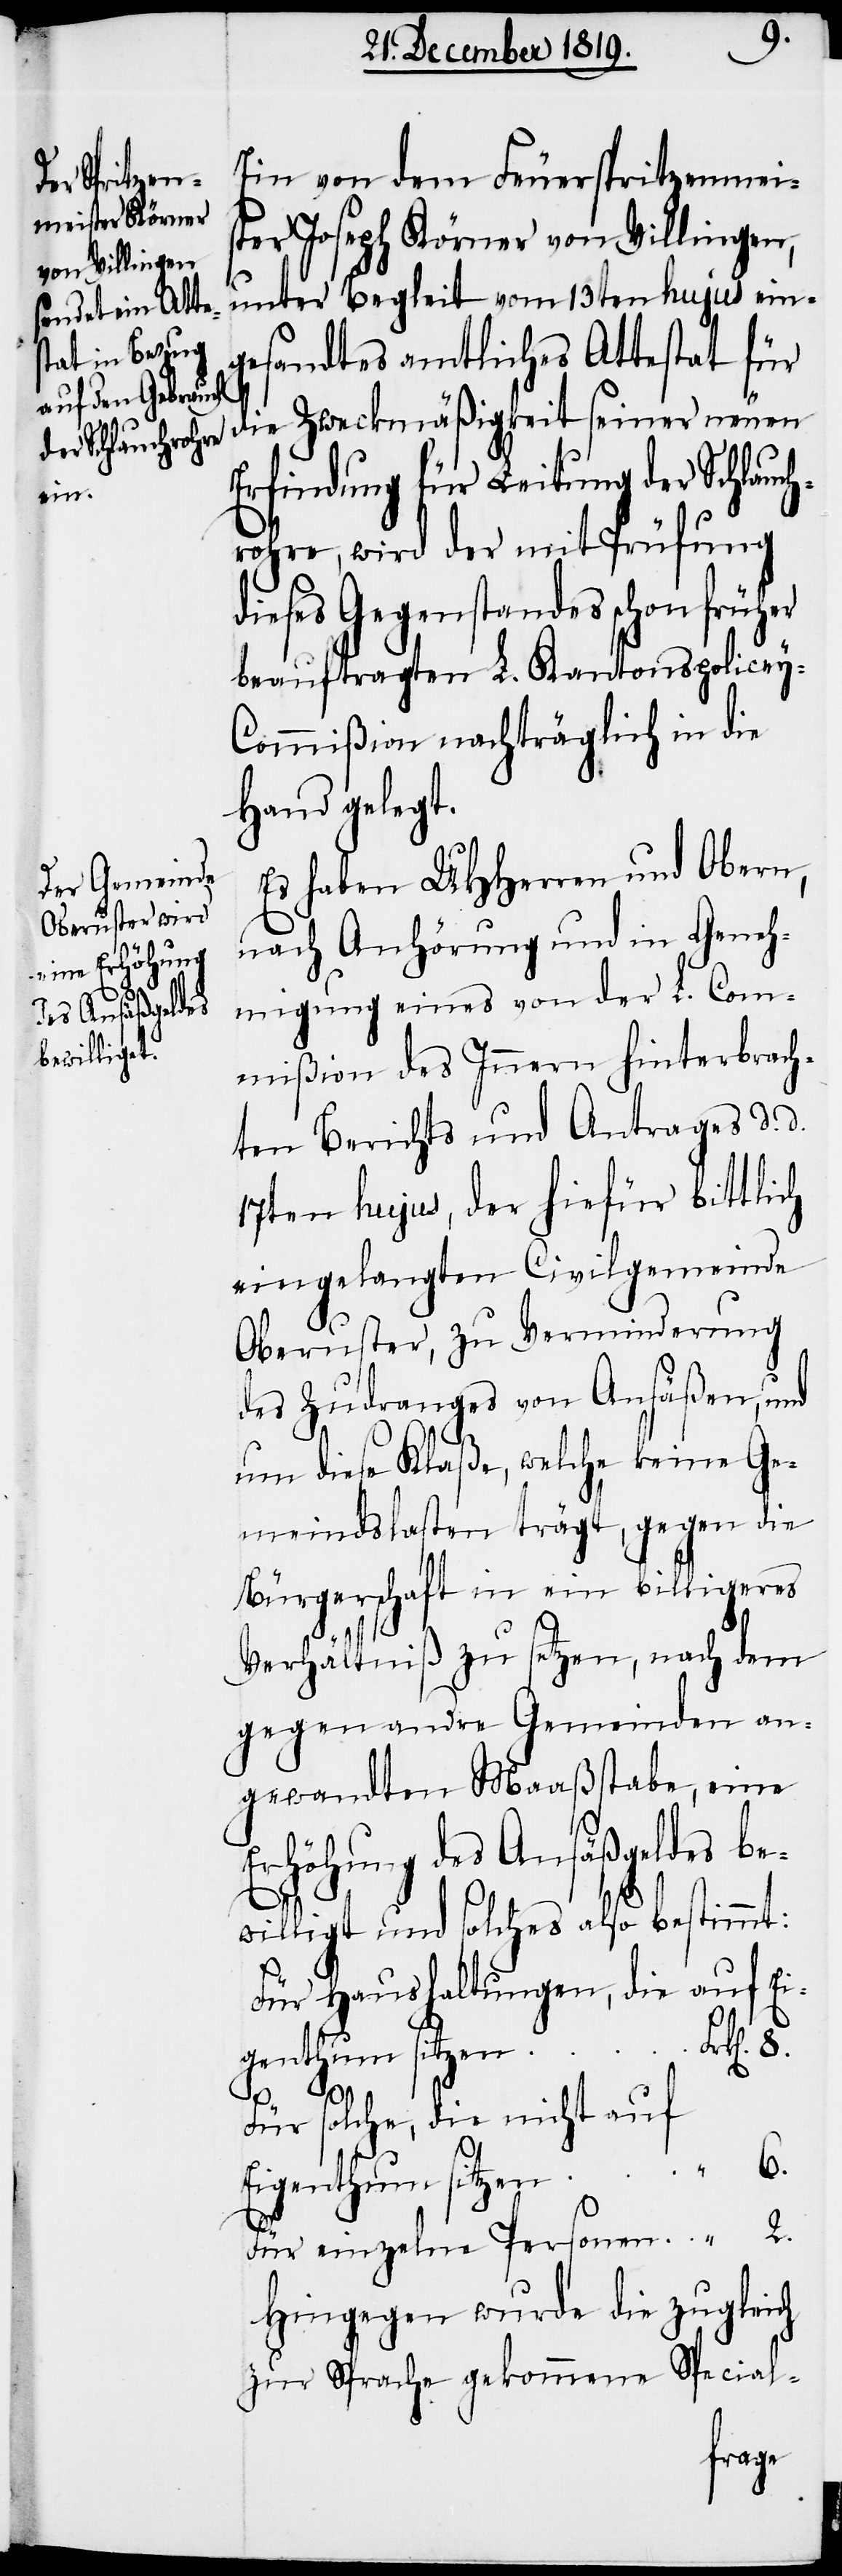
Ei¬

Ein von dem Feuerspritzenmeis¬
ter Joseph Körner von Villingen,
unter Begleit vom 13ten hujus ein¬
gesandtes amtliches Attestat für
die Zweckmäßigkeit seiner neuen
Erfindung für Leitung der Schlauch¬
rohre, wird der mit Prüfung
dieses Gegenstandes schon früher
beauftragten L. Kantonspolicey-C¬
ommißion nachträglich in die
Hand gelegt.
Es haben UHHerren und Obern,
nach Anhörung und in Geneh¬
migung eines von der L. Com¬
mißion des Innern hinterbrach¬
ten Berichts und Antrages d. d.
17ten hujus, der hiefür bittlich
eingelangten Civilgemeinde
Oberuster, zu Verminderung
des Zudranges von Ansäßen, und
um diese Klaße, welche keine Ge¬
meindslasten trägt, gegen die
Bürgerschaft in ein billigeres
Verhältniß zu setzen, nach dem
gegen andre Gemeinden an¬
gewandten Maaßstabe, eine
Erhöhung des Ansäßgeldes be¬
willigt und solches also bestimmt:
Für Haushaltungen, die auf Ei¬
Frk[en].
genthum sitzen
6.
Für solche, die nicht auf
Für einzelne Personen
Hingegen wurde die zugleich
zur Sprache gekommene Special-